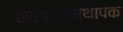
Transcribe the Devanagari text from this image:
सरव्यवस्थापक